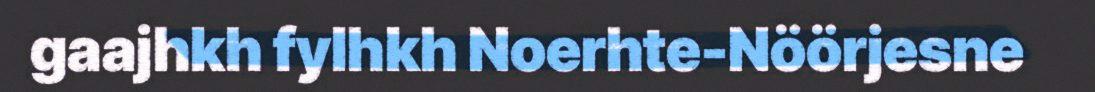
gaajhkh fylhkh Noerhte-Nöörjesne